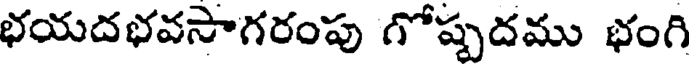
భయదభవసాగరంపు గోష్పదము భంగి